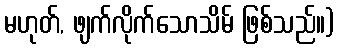
မဟုတ်, ဖျက်လိုက်သောသိမ် ဖြစ်သည်။)